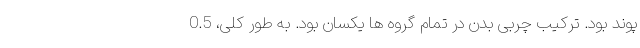
پوند بود. ترکیب چربی بدن در تمام گروه ها یکسان بود. به طور کلی، 0.5